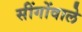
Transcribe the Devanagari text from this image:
सींगोंवाले